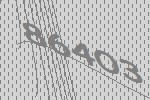
86403